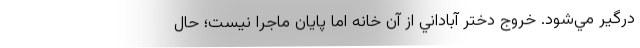
درگير مي‌شود. خروج دختر آباداني از آن خانه اما پايان ماجرا نيست؛ حال